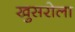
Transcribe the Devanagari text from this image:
खुसरोला